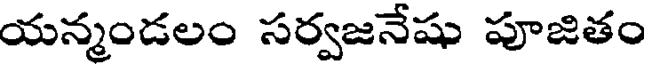
యన్మండలం సర్వజనేషు పూజితం